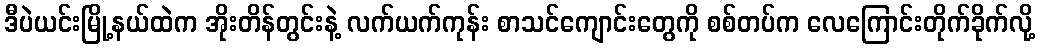
ဒီပဲယင်းမြို့နယ်ထဲက အိုးတိန်တွင်းနဲ့ လက်ယက်ကုန်း စာသင်ကျောင်းတွေကို စစ်တပ်က လေကြောင်းတိုက်ခိုက်လို့